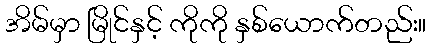
အိမ်မှာ မြိုင်နှင့် ကိုကို နှစ်ယောက်တည်း။